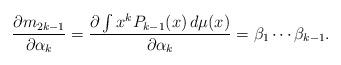
LaTeX: \begin{align*} \frac{\partial m_{2k - 1}}{\partial \alpha_k} = \frac{\partial \int x^k P_{k - 1}(x) \, d\mu(x)}{\partial \alpha_k} = \beta_1\cdots \beta_{k - 1}. \end{align*}